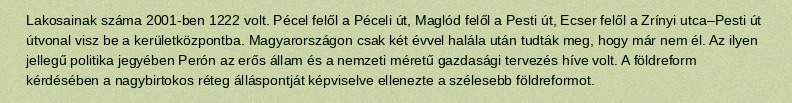
Lakosainak száma 2001-ben 1222 volt. Pécel felől a Péceli út, Maglód felől a Pesti út, Ecser felől a Zrínyi utca–Pesti út útvonal visz be a kerületközpontba. Magyarországon csak két évvel halála után tudták meg, hogy már nem él. Az ilyen jellegű politika jegyében Perón az erős állam és a nemzeti méretű gazdasági tervezés híve volt. A földreform kérdésében a nagybirtokos réteg álláspontját képviselve ellenezte a szélesebb földreformot.